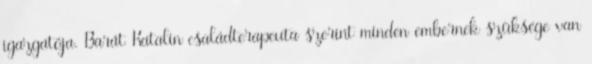
igazgatója. Barát Katalin családterapeuta szerint minden embernek szüksége van